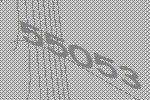
55053